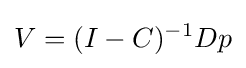
V=(I-C)^{-1}Dp